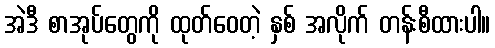
အဲဒီ စာအုပ်တွေကို ထုတ်ဝေတဲ့ နှစ် အလိုက် တန်းစီထားပါ။